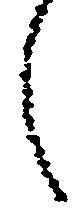
し